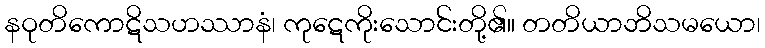
နဝုတိကောဋိသဟဿာနံ၊ ကုဋေကိုးသောင်းတို့၏။ တတိယာဘိသမယော၊